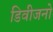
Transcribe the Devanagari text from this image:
डिवीजनो